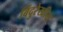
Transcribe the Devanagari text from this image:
बिंदुरेखीय